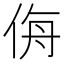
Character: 𰂉